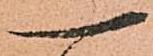
一